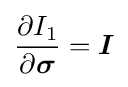
{\frac {\partial I_{1}}{\partial {\boldsymbol {\sigma }}}}={\boldsymbol {I}}